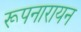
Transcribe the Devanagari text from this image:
रूपनारायन